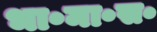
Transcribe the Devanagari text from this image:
भा॰मा॰स॰